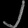
Digit: ၂